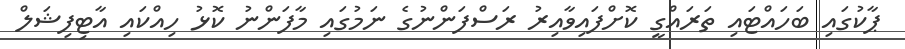
ޕާކުގައި ބަހައްޓައި ތަރައްގީ ކޮށްފައިވާއިރު ރަސްފަންނުގެ ނަމުގައި މާފަންނު ކޮޅު ހިއްކައި އާޓިފިޝަލް